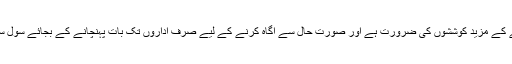
اس لیے وزیر اعظم کے پیغام کو وسیع پیمانے پر پھیلانے کے مزید کوششوں کی ضرورت ہے اور صورت حال سے آگاہ کرنے کے لیے صرف اداروں تک بات پہنچانے کے بجائے سول سوسائٹی اور عام لوگوں تک بھی رسائی حاصل کرنا ہوگی۔